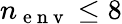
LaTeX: n_{\mathrm{~e~n~v~}}\leq 8